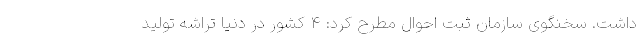
داشت. سخنگوی سازمان ثبت احوال مطرح کرد: ۴ کشور در دنیا تراشه تولید